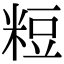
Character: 𥺉